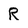
Character: R